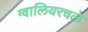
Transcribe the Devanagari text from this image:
ग्वालियरचले